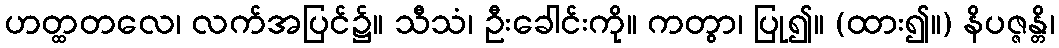
ဟတ္ထတလေ၊ လက်အပြင်၌။ သီသံ၊ ဦးခေါင်းကို။ ကတွာ၊ ပြု၍။ (ထား၍။) နိပဇ္ဇန္တိ၊